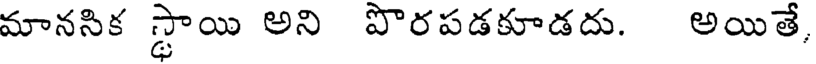
మానసిక స్థాయి అని పొరపడకూడదు. అయితే,